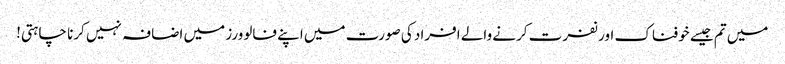
میں تم جیسے خوفناک اور نفرت کرنے والے افراد کی صورت میں اپنے فالوورز میں اضافہ نہیں کرنا چاہتی!